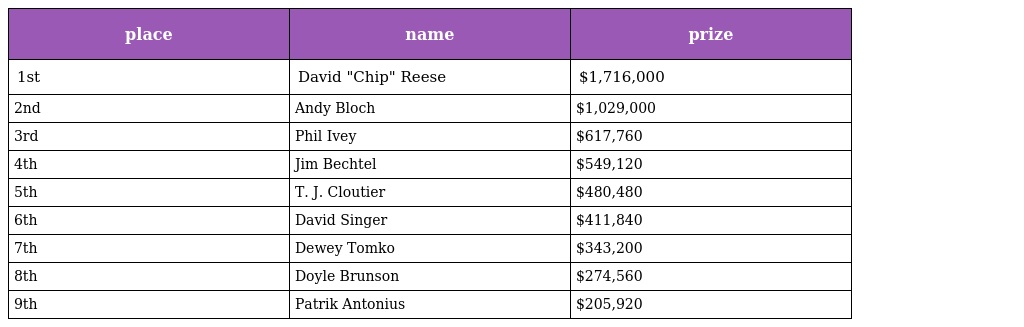
| place | name | prize |
 | --- | --- | --- |
 | 1st | David "Chip" Reese | $1,716,000 |
 | 2nd | Andy Bloch | $1,029,000 |
 | 3rd | Phil Ivey | $617,760 |
 | 4th | Jim Bechtel | $549,120 |
 | 5th | T. J. Cloutier | $480,480 |
 | 6th | David Singer | $411,840 |
 | 7th | Dewey Tomko | $343,200 |
 | 8th | Doyle Brunson | $274,560 |
 | 9th | Patrik Antonius | $205,920 |